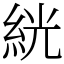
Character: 絖